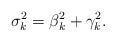
LaTeX: \begin{align*} \sigma_k^2 = \beta_k^2 + \gamma_k^2.\end{align*}